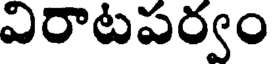
విరాటపర్వం